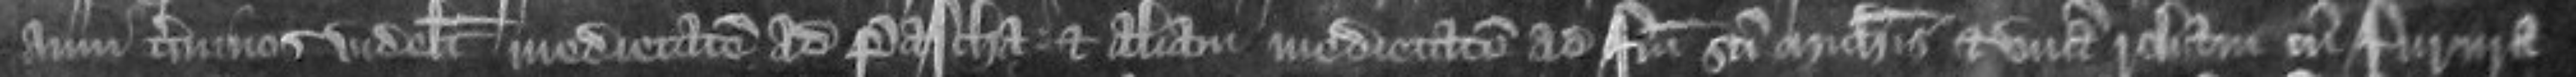
anni terminos videlicet medietatem ad Pascha et aliam medietatem ad festum Sancti Michaelis et unam robam cum furura